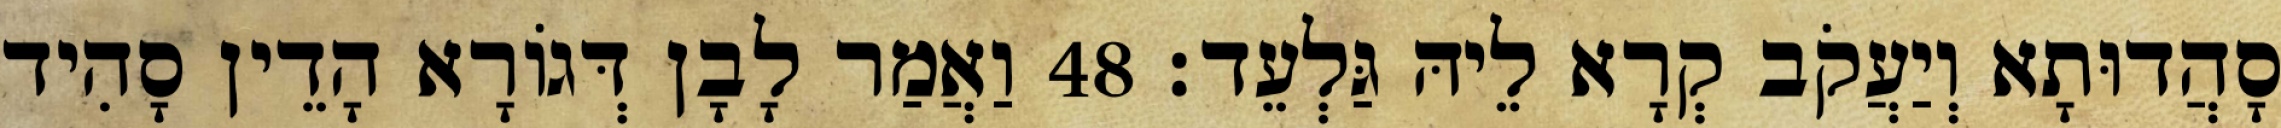
סָהֲדוּתָא וְיַעֲקֹב קְרָא לֵיהּ גַּלְעֵד׃ 48 וַאֲמַר לָבָן דְּגוֹרָא הָדֵין סָהִיד